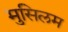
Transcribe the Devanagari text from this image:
मुसिलम